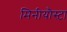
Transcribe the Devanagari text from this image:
मिनीयौस्टा